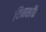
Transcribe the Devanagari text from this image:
विनशॉक